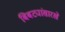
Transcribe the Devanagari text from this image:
बिबट्यांसारखे